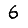
Digit: 6